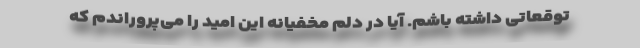
توقعاتی داشته باشم. آیا در دلم مخفیانه این امید را می‌پروراندم که